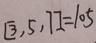
[ 3 , 5 , 7 ] = 1 0 5